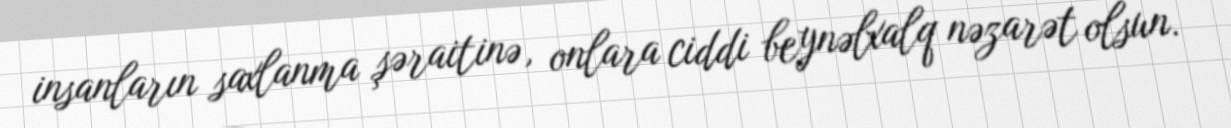
insanların saxlanma şəraitinə, onlara ciddi beynəlxalq nəzarət olsun.